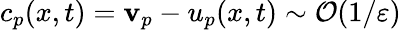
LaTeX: c_{p}(x,t)=\mathbf{v}_{p}-u_{p}(x,t)\sim\mathcal{{O}}(1/\varepsilon)